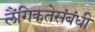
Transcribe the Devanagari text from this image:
लैंगिकतेसंबंधी